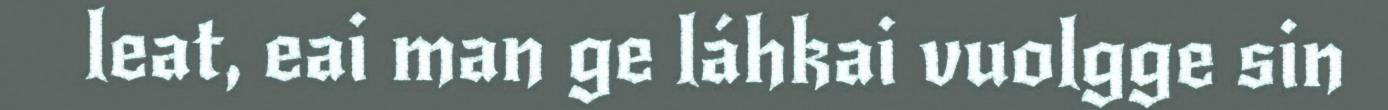
leat, eai man ge láhkai vuolgge sin